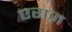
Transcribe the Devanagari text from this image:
एराज़